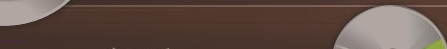
مطعم السعادة للأكلات الشع